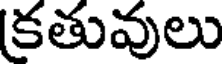
కతువులు